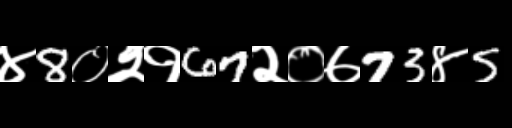
Text: ४8०२१67२०७73४5